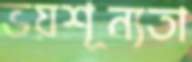
ভয়শূন্যতা